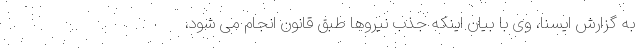
به گزارش ایسنا، وی با بیان اینکه جذب نیروها طبق قانون انجام می شود،